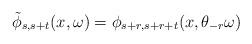
LaTeX: \begin{align*} \tilde{\phi}_{s,s+t} (x,\omega) = \phi_{s+r,s+r+t} (x,\theta_{-r}\omega) \end{align*}